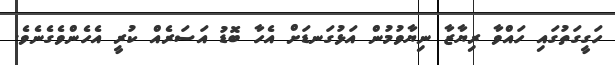
ހަގީގަތުގައި ހައްވާ ރިޔާޒާ ނިޔާވުމުން އަޅުގަނޑަށް އެހާ ބޮޑު އަސަރެއް ކުރީ އެހެންވެގެނެވެ.